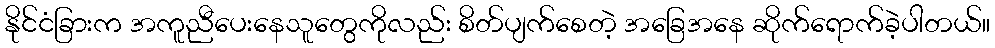
နိုင်ငံခြားက အကူညီပေးနေသူတွေကိုလည်း စိတ်ပျက်စေတဲ့ အခြေအနေ ဆိုက်ရောက်ခဲ့ပါတယ်။